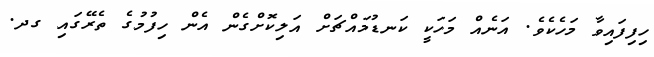
ހިފިފައިވާ މަހެކެވެ. އަނެއް މަހަކީ ކަނޑުމައްޗަށް އަލިކޮށްގެން އެން ހިފުމުގެ ތެރޭގައި ގދ.